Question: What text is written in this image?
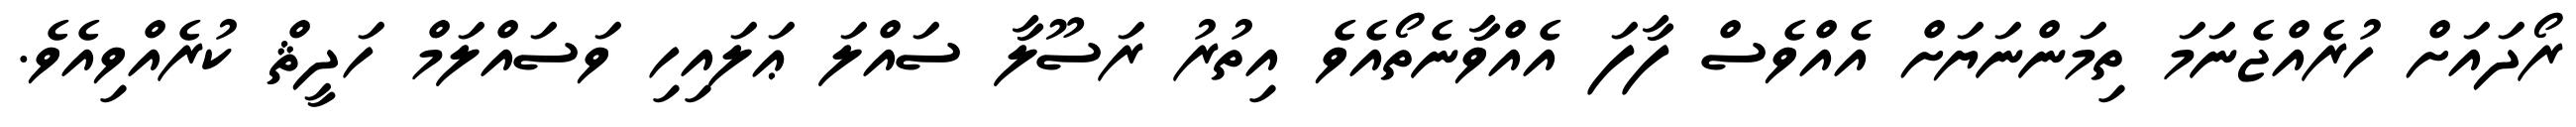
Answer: ރޯދައަށް ހުރެއްޖެނަމަ ތިމަންނަޔަށް އެއްވެސް ފާފަ އެއްވާނެތޯއެވެ އިތުރު ރަސޫލާ ސައްލަ ޢަލައިހި ވަސައްލަމް ހަދީޘް ކުރެއްވިއެވެ.